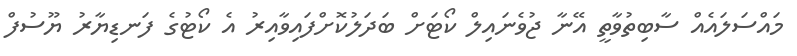
މައްސަލައެއް ސާބިތުވާތީ އޭނާ ޖުވެނައިލް ކޯޓަށް ބަދަލުކޮށްފައިވާއިރު އެ ކޯޓުގެ ފަނޑިޔާރު ޔޫސުފް